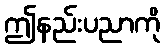
ဤနည်းပညာကို